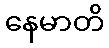
နေမာတိ